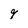
Character: 9